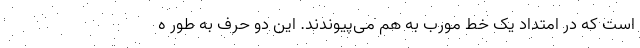
است که در امتداد یک خط مورب به هم می‌پیوندند. این دو حرف به طور ه